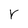
Character: r